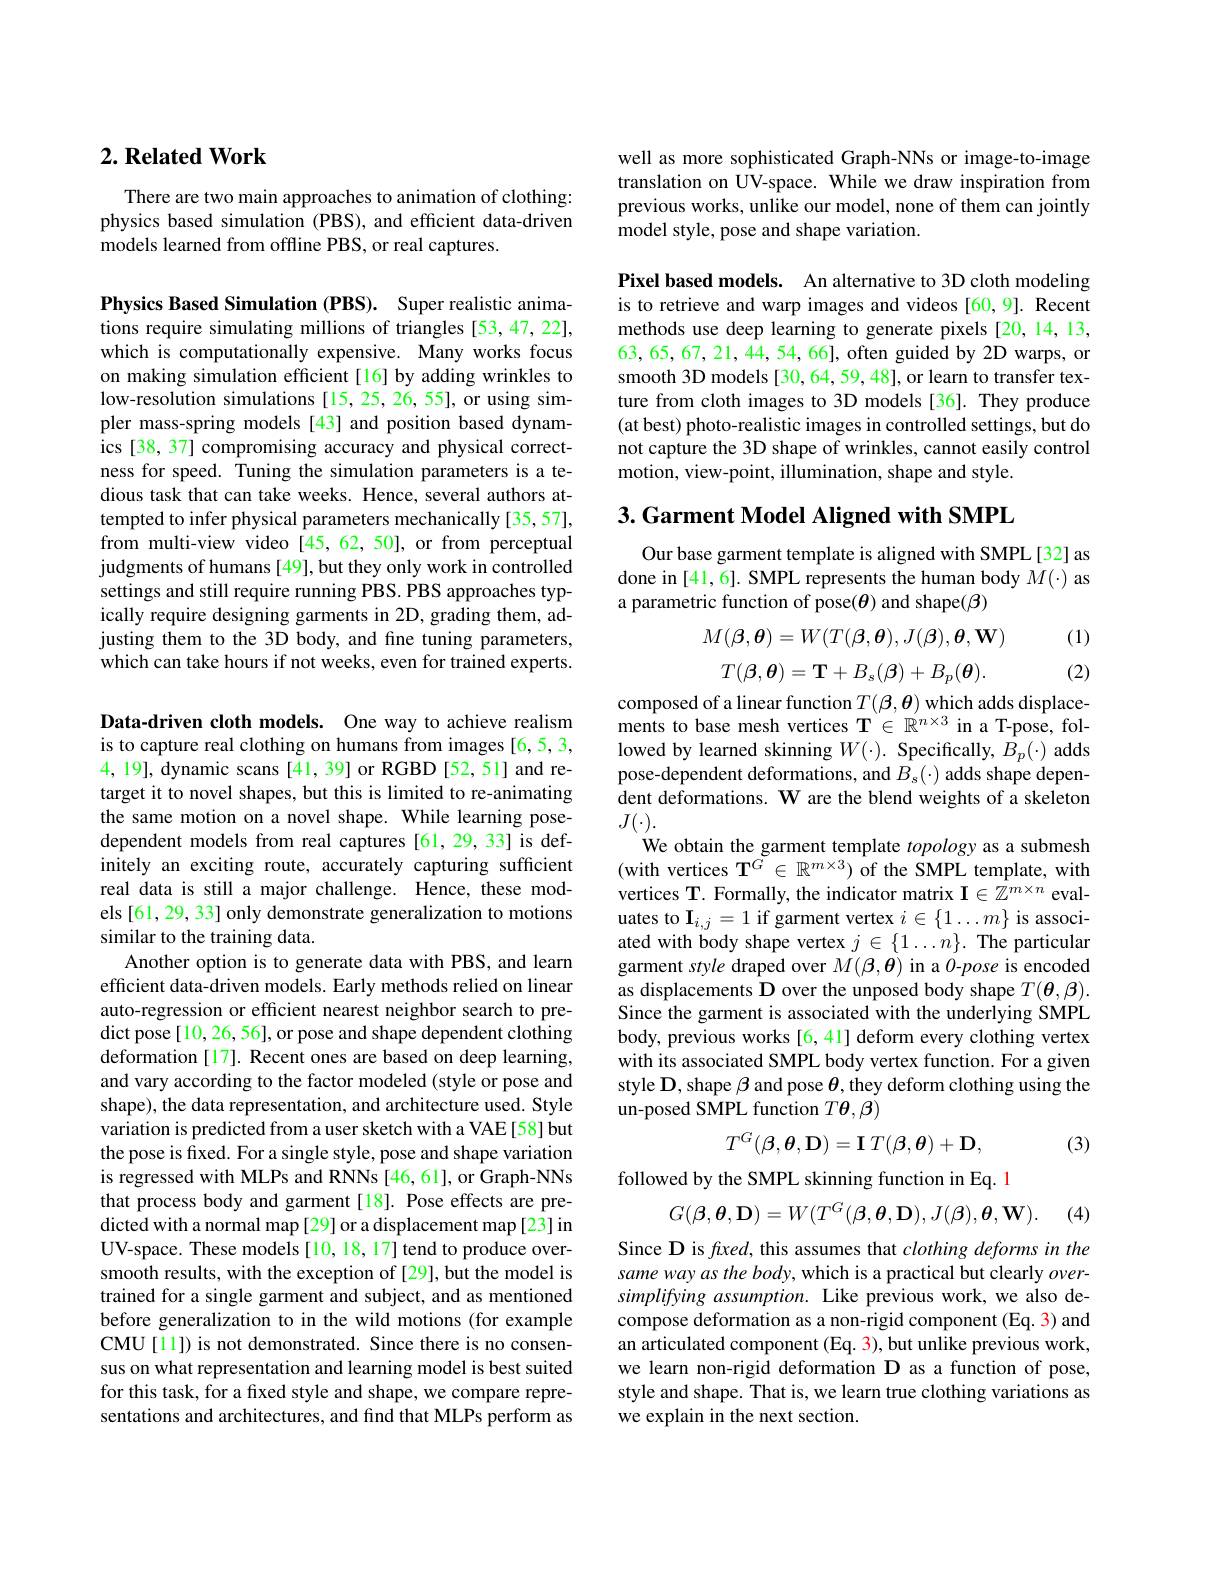
### $2. \textbf{Related Work}$

There are two main approaches to animation of clothing: physics based simulation (PBS), and efficient data-driven models learned from offline PBS, or real captures.

Physics Based Simulation (PBS). Super realistic animations require simulating millions of triangles [53,47,22], which is computationally expensive. Many works focus on making simulation efficient[16] by adding wrinkles to low-resolution simulations [15,25,26,55], or using simpler mass-spring models [43] and position based dynamics [38, 37] compromising accuracy and physical correctness for speed. Tuning the simulation parameters is a tedious task that can take weeks. Hence, several authors attempted to infer physical parameters mechanically [35, 57], from multi-view video [45,62,50], or from perceptual judgments of humans [49], but they only work in controlled settings and still require running PBS. PBS approaches typically require designing garments in 2D, grading them, adjusting them to the 3D body, and fine tuning parameters, which can take hours if not weeks, even for trained experts.

Data-driven cloth models. One way to achieve realism is to capture real clothing on humans from images [6,5,3, 4,19], dynamic scans [41, 39] or RGBD [52, 51] and retarget it to novel shapes, but this is limited to re-animating the same motion on a novel shape. While learning posedependent models from real captures [61,29,33] is definitely an exciting route, accurately capturing sufficient real data is still a major challenge. Hence, these models [61, 29, 33] only demonstrate generalization to motions similar to the training data.
Another option is to generate data with PBS, and learn efficient data-driven models. Early methods relied on linear auto-regression or efficient nearest neighbor search to predict pose [10, 26, 56], or pose and shape dependent clothing deformation[17]. Recent ones are based on deep learning, and vary according to the factor modeled (style or pose and shape), the data representation, and architecture used. Style variation is predicted from a user sketch with a VAE [58] but the pose is fixed. For a single style, pose and shape variation is regressed with MLPs and RNNs [46,61],or Graph-NNs that process body and garment[18]. Pose effects are predicted with a normal map [29] or a displacement map [23] in UV-space. These models [10, 18, 17] tend to produce oversmooth results, with the exception of [29], but the model is trained for a single garment and subject, and as mentioned before generalization to in the wild motions (for example CMU[ll]) is not demonstrated. Since there is no consensus on what representation and learning model is best suited for this task, for a fixed style and shape, we compare representations and architectures, and find that MLPs perform as

well as more sophisticated Graph-NNs or image-to-image translation on UV-space. While we draw inspiration from previous works, unlike our model, none of them can jointly model style, pose and shape variation.

Pixel based models. An alternative to 3D cloth modeling is to retrieve and warp images and videos [60,9]. Recent methods use deep learning to generate pixels [20,14,13, 63,65,67,21,44,54,66], often guided by 2D warps, or smooth 3D models [30,64,59,48], or learn to transfer texture from cloth images to 3D models [36]. They produce (at best) photo-realistic images in controlled settings, but do not capture the 3D shape of wrinkles, cannot easily control motion, view-point, illumination, shape and style.

## 3. Garment Model Aligned with SMPL

Our base garment template is aligned with SMPL[32] as done in [41,6]. SMPL represents the human body $M(\cdot)$ as a parametric function of pose($\theta$) and shape($\beta)$

(1)
$$M(\beta,\boldsymbol{\theta})=W(T(\beta,\boldsymbol{\theta}),J(\beta),\boldsymbol{\theta},\mathbf{W})$$
$$T(\boldsymbol{\beta},\boldsymbol{\theta})=\mathbf{T}+B_s(\boldsymbol{\beta})+B_p(\boldsymbol{\theta}).$$
(2)

composed of a linear function $T(\beta,\boldsymbol{\theta})$ which adds displacements to base mesh vertices T$\in\mathbb{R}^{n\times3}$ in a T-pose, followed by learned skinning $W(\cdot).$ Specifically, $B_p(\cdot)$ adds pose-dependent deformations, and $B_s(\cdot)$ adds shape dependent deformations. W are the blend weights of a skeleton $J(\cdot).$
We obtain the garment template topology as a submesh (with vertices $\mathbf{T}^{\tilde{G}}\in\mathbb{R}^{m\times3})$ of the SMPL template, with vertices T. Formally, the indicator matrix $\mathbf{I}\in\tilde{\mathbb{Z}}^{m\times n}$ evaluates to $\mathbf{I}_{i,j}=1$ if garment vertex $i\in\{1\ldots m\}$ is associated with body shape vertex $j\in\{1\ldots n\}.$ The particular garment style draped over $M(\beta,\dot{\boldsymbol{\theta}})$ in a $\dot{O}$-pose is encoded as displacements D over the unposed body shape $T(\boldsymbol{\theta},\boldsymbol{\beta}).$ Since the garment is associated with the underlying SMPL body, previous works [6,41] deform every clothing vertex with its associated SMPL body vertex function. For a given style D, shape $\beta$ and pose $\theta$, they deform clothing using the un-posed SMPL function $T\boldsymbol{\theta},\boldsymbol{\beta})$
$$T^G(\boldsymbol{\beta},\boldsymbol{\theta},\mathbf{D})=\mathbf{I}\:T(\boldsymbol{\beta},\boldsymbol{\theta})+\mathbf{D},$$
(3)

followed by the SMPL skinning function in Eq. 1
$$G(\boldsymbol{\beta},\boldsymbol{\theta},\mathbf{D})=W(T^G(\boldsymbol{\beta},\boldsymbol{\theta},\mathbf{D}),J(\boldsymbol{\beta}),\boldsymbol{\theta},\mathbf{W}).$$
(4)

Since D is fxed, this assumes that clothing deforms in the same way as the body, which is a practical but clearly $over-$ simplifying assumption. Like previous work, we also decompose deformation as a non-rigid component (Eq. 3) and an articulated component (Eq. 3), but unlike previous work, we learn non-rigid deformation D as a function of pose, style and shape. That is, we learn true clothing variations as we explain in the next section.